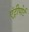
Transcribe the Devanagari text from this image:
एंट्रीपोर्ट